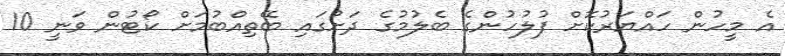
އެ މީހުން ހައްޔަރުކޮށް ފުލުހުންގެ ބެލުމުގެ ދަށުގައި ބޭތިއްބުމަށް ކޯޓުން ވަނީ 10